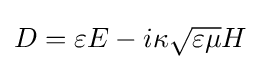
D=\varepsilon E-i\kappa {\sqrt {\varepsilon \mu }}H